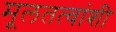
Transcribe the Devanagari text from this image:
मूलतत्वांशी